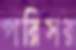
পরিসর